Report on lock hospitals in British Burma
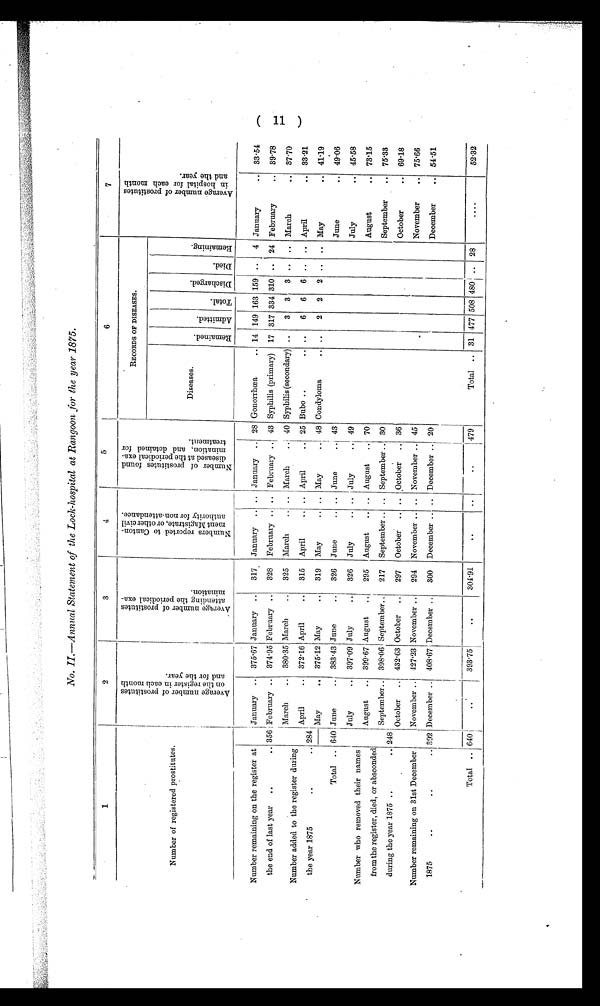
No. II.-Annual Statement of the Lock-hospital at Rangoon for the year 1875.
1
2
3
4
5
6
7
Number of registered prostitutes.
A v e r a g e n u m b e r o f p r o s t i t u t e s o n t h e r e g i s t e r i n e a c h m o n t h a n d f o r t h e y e a r .
A v e r a g e n u mb e r o f p r o s t i t u t e s a t t e n d i n g t h e p e r i o d i c a l e x a mi n a t i o n .
N u m b e r s r e p o r t e d t o C a n t o n m e n t M a g i s t r a t e , o r o t h e r c i v i l a u t h o r i t y f o r n o n - a t t e n d a n c e .
N u m b e r o f p r o s t i t u t e s f o u n d d i s e a s e d a t t h e p e r i o d i c a l e x a m i n a t i o n , a n d d e t a i n e d f o r t r e a t m e n t .
RECORDS OF DISEASES.
A v e r a g e n u m b e r o f p r o s t i t u t e s i n h o s p i t a l f o r e a c h m o n t h a n d t h e y e a r .
Diseases.
R e m a i n e d .
A d m i t t e d .
T o t a l .
D i s c h a r g e d .
D i e d .
R e m a i n i n g .
Number remaining on the register at
the end of last year ..
..
3 5 6
January .. 375 . 67 January ..
317 January .. .. January .. 28
Gonorrhæa
.. 14 149 163 159 • . 4 January
.. 33 -54
February .. 374. 95 February .. 328 February .. .. February
43 Syphilis (primary) 17 317 334 310 .. 24 February
.. 39.78
Number added to the register during
the year 1875
..
..
March
.. 380 . 35 March
..
325 March
. . .. March
.. 40 Syphilis (secondary) ..
3
3
3 .. .. March
.. 37.70
284
April
.. 372.16 April
.. 315 April
.. .. April
.. 25 Bubo ..
.. ..
6
6
6 .. .. April
.. 33.21
May
.. 375 . 12 May
..
319 May
.. .. May
.. 48 Condyloma
.. ..
2 2 2 .. .. May
.. 41'19
Total .. 640 June
.. 383 .43 June
..
326 June
.. .. June
.. 43
June
.. 49.06
Number who removed their names
from the register, died, or absconded
during the year 1875 ..
.. 248
July
.. 397 . 09 July
..
326 July
.. .. July
.. 49
July
.. 45'58
August
.. 399 . 67 August
295 August
.. .. August
.. 70
August
.. 73'15
September.. 398.06 September..
217 September .. .. September .. 30
September
.. 75.33
October .. 432 . 63 October ..
297 October .. .. October .. 36
October
.. 69.18
Number remaining on 31st December
1875
..
..
.. 392
November .. 427.23 November ..
294 November .. .. November .. 45
November
.. 75.66
December .. 408.67 December ..
300 December .. .. December .. 20
December
.. 54.51
Total .. 640
..
393.75
..
304.91
..
479
Total .. 31 477 508 480 .. 28
..
52.32